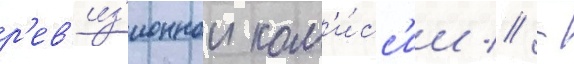
р'ев'из'ионнои ком'и́сс'ии // -